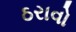
ઠરાવો